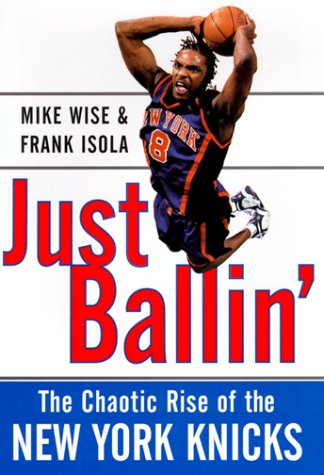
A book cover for Just Ballin': The Chaotic Rise of the New York Knicks; Mike Wise; Sports & Outdoors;